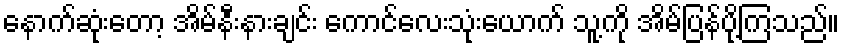
နောက်ဆုံးတော့ အိမ်နီးနားချင်း ကောင်လေးသုံးယောက် သူ့ကို အိမ်ပြန်ပို့ကြသည်။